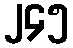
၂၄၅